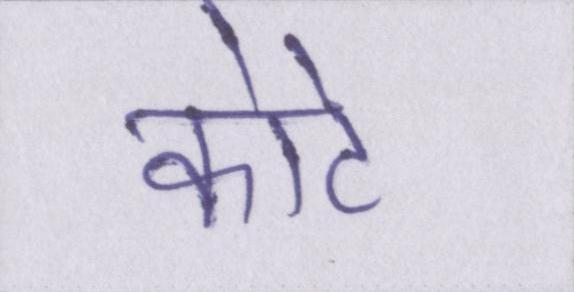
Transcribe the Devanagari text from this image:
कोटे